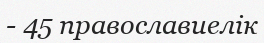
- 45 православиелік